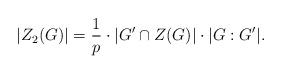
LaTeX: \begin{align*} |Z_2(G)|=\frac{1}{p}\cdot |G'\cap Z(G)|\cdot |G:G'|. \end{align*}